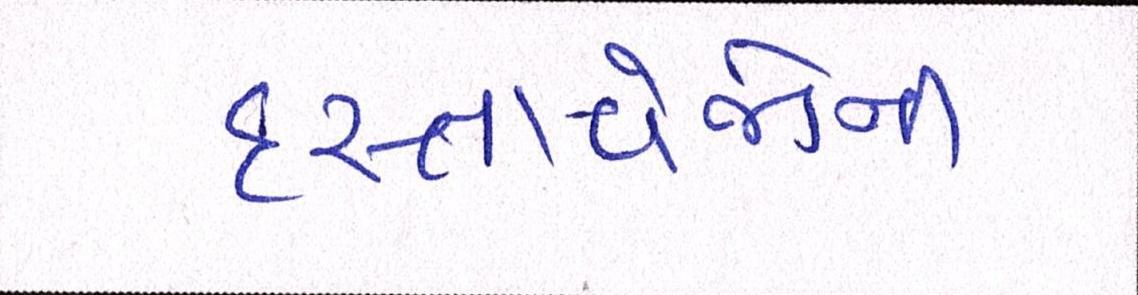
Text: દસ્તાવેજોની